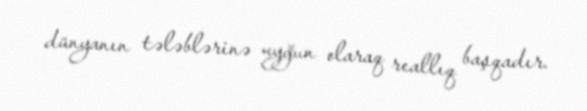
dünyanın tələblərinə uyğun olaraq reallıq başqadır.